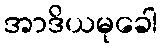
အာဒိယမုခေါ